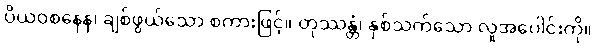
ပိယဝစနေန၊ ချစ်ဖွယ်သော စကားဖြင့်။ တုဿန္တံ၊ နှစ်သက်သော လူအပေါင်းကို။